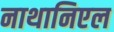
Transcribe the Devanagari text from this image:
नाथानिएल